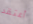
أعتقد